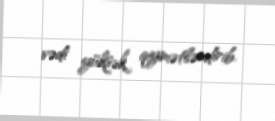
vədi yüksək qiymətləndirib.